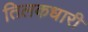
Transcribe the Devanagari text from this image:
तिलकधारी